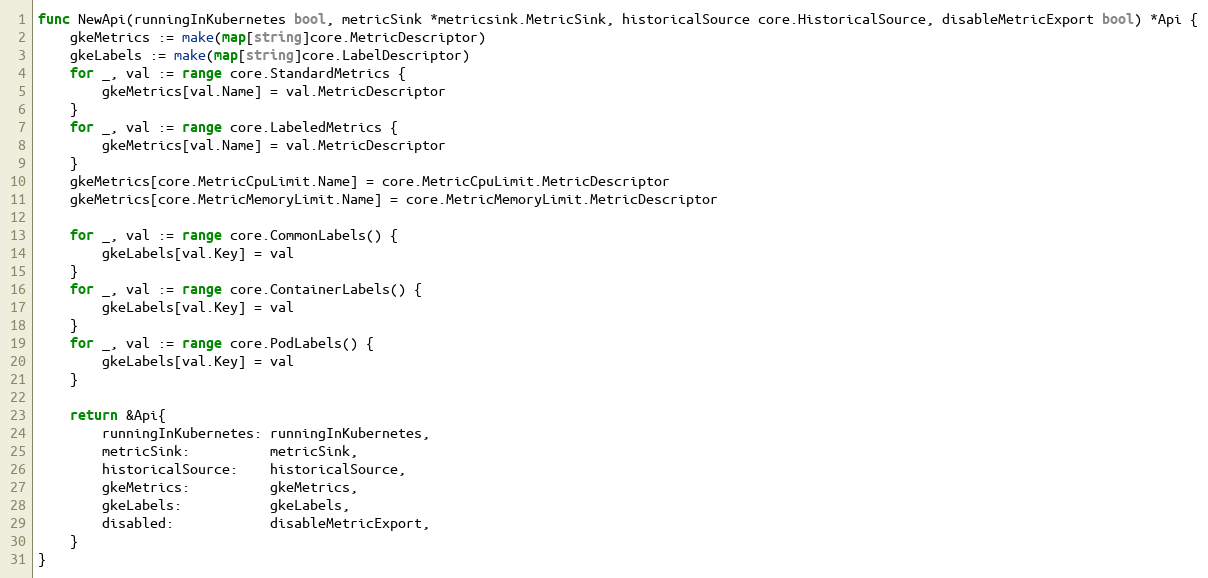
Language: Go
func NewApi(runningInKubernetes bool, metricSink *metricsink.MetricSink, historicalSource core.HistoricalSource, disableMetricExport bool) *Api {
	gkeMetrics := make(map[string]core.MetricDescriptor)
	gkeLabels := make(map[string]core.LabelDescriptor)
	for _, val := range core.StandardMetrics {
		gkeMetrics[val.Name] = val.MetricDescriptor
	}
	for _, val := range core.LabeledMetrics {
		gkeMetrics[val.Name] = val.MetricDescriptor
	}
	gkeMetrics[core.MetricCpuLimit.Name] = core.MetricCpuLimit.MetricDescriptor
	gkeMetrics[core.MetricMemoryLimit.Name] = core.MetricMemoryLimit.MetricDescriptor

	for _, val := range core.CommonLabels() {
		gkeLabels[val.Key] = val
	}
	for _, val := range core.ContainerLabels() {
		gkeLabels[val.Key] = val
	}
	for _, val := range core.PodLabels() {
		gkeLabels[val.Key] = val
	}

	return &Api{
		runningInKubernetes: runningInKubernetes,
		metricSink:          metricSink,
		historicalSource:    historicalSource,
		gkeMetrics:          gkeMetrics,
		gkeLabels:           gkeLabels,
		disabled:            disableMetricExport,
	}
}